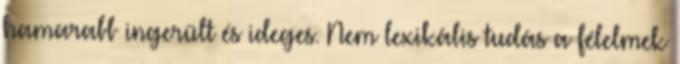
hamarabb ingerült és ideges. Nem lexikális tudás a félelmek